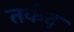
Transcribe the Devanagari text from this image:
तर्कद